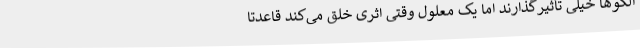
الگوها خیلی تأثیرگذارند اما یک معلول وقتی اثری خلق می‌کند قاعدتاً